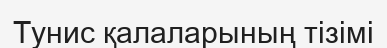
Тунис қалаларының тізімі